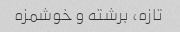
تازه، برشته و خوشمزه